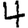
Digit: 4